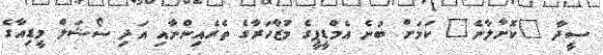
ސީދާ "ކޮށާލާނެ" ކަމަށް ބުނެ އެމްޑީޕީގެ މުޒާހަރާގެ ތެރެއިންނާއި އަދި ސޯޝަލް މީޑިއާގެ